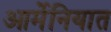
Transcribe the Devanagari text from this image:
आर्मेनियात